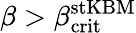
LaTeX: \beta>\beta_{\mathrm{crit}}^{\mathrm{stKBM}}